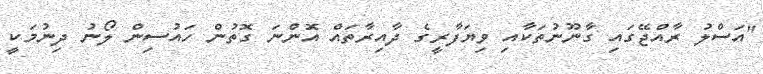
"އަސްލު ރާއްޖޭގައި ގާނޫނުތަކާއި ވިޔަފާރީގެ ދާއިރާތައް އޮންނަ ގޮތުން ހައުސިން ލޯނު ދިނުމަކީ